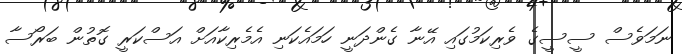
ނަމަވެސް ސީސީގެ ވެރިކަމުގައި އޭނާ ގެންދަނީ ހަމައެކަނި އެމެރިކާއަށް އަސްކަރީ ގޮތުން ބަރޯސާ